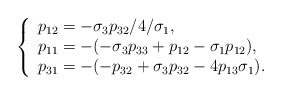
\begin{align*}\left \{\begin{array}[c]{l}p_{12}=-\sigma_{3}p_{32}/4/\sigma_{1},\\p_{11}=-(-\sigma_{3}p_{33}+p_{12}-\sigma_{1}p_{12}),\\p_{31}=-(-p_{32}+\sigma_{3}p_{32}-4p_{13}\sigma_{1}).\end{array}\right. \end{align*}